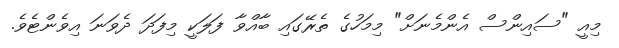
މިއީ "ސައިންސް އެންމެނަށް" މިމަހުގެ ތެރޭގައި ބާއްވާ ފަލަކީ މިފަދަ ދެވަނަ އިވެންޓެވެ.